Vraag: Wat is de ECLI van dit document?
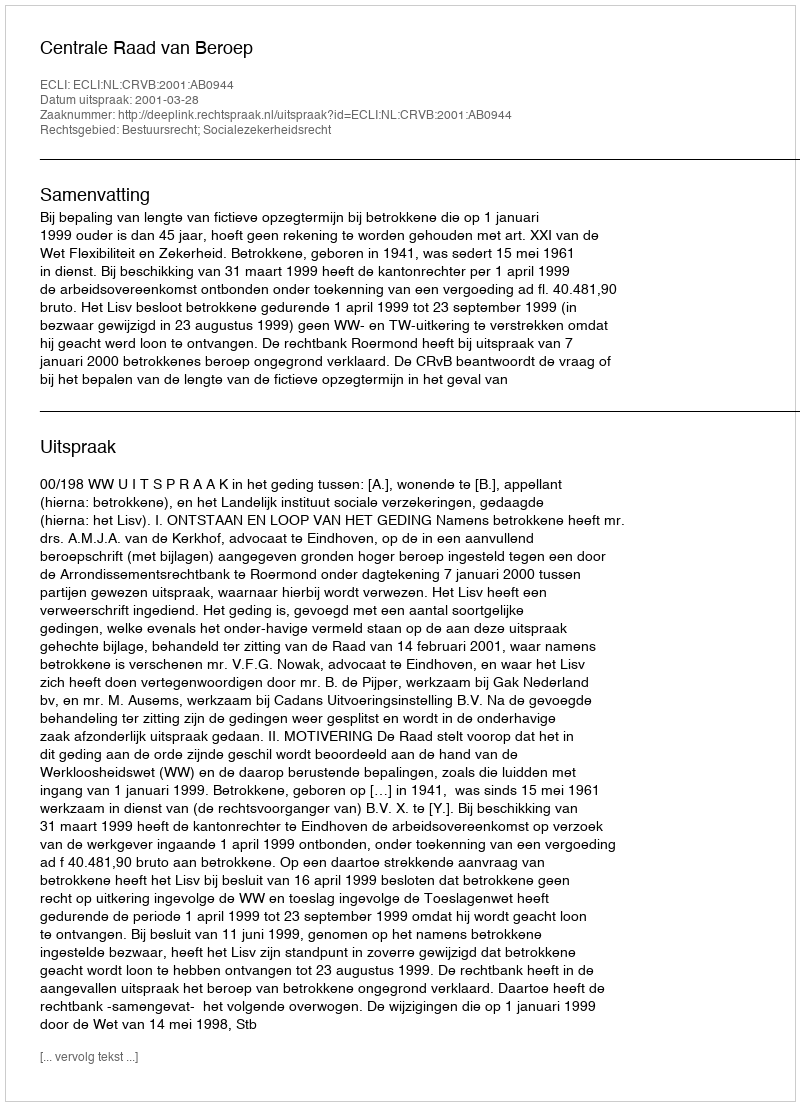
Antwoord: ECLI:NL:CRVB:2001:AB0944